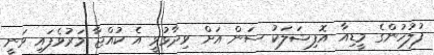
ފުލުހުންގެ މީޑިއާ އޮފިޝަލަކު ސަން އަށް ވިދާޅުވީ އެ ކުއްޖާ މަރުވެފައި ވަނީ